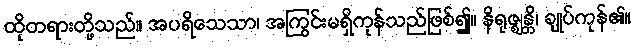
ထိုတရားတို့သည်။ အပရိသေသာ၊ အကြွင်းမရှိကုန်သည်ဖြစ်၍။ နိရုဇ္ဈန္တိ၊ ချုပ်ကုန်၏။